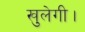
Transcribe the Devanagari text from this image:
खुलेगी।